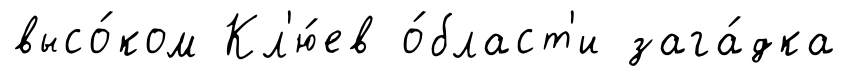
высо́ком Кл'ю́ев о́бласт'и зага́дка